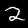
Label: 2